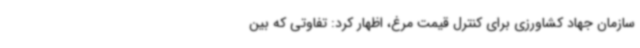
سازمان جهاد کشاورزی برای کنترل قیمت مرغ، اظهار کرد: تفاوتی که بین